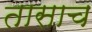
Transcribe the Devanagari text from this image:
तासाच